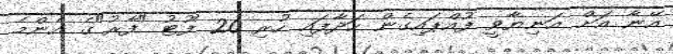
އޭނާ އަށް އަނިޔާވީ ފުއްޕައިގެން ހަދާފައި ހުރި 20 ފޫޓު "ފާރު"ގެ އެންމެ